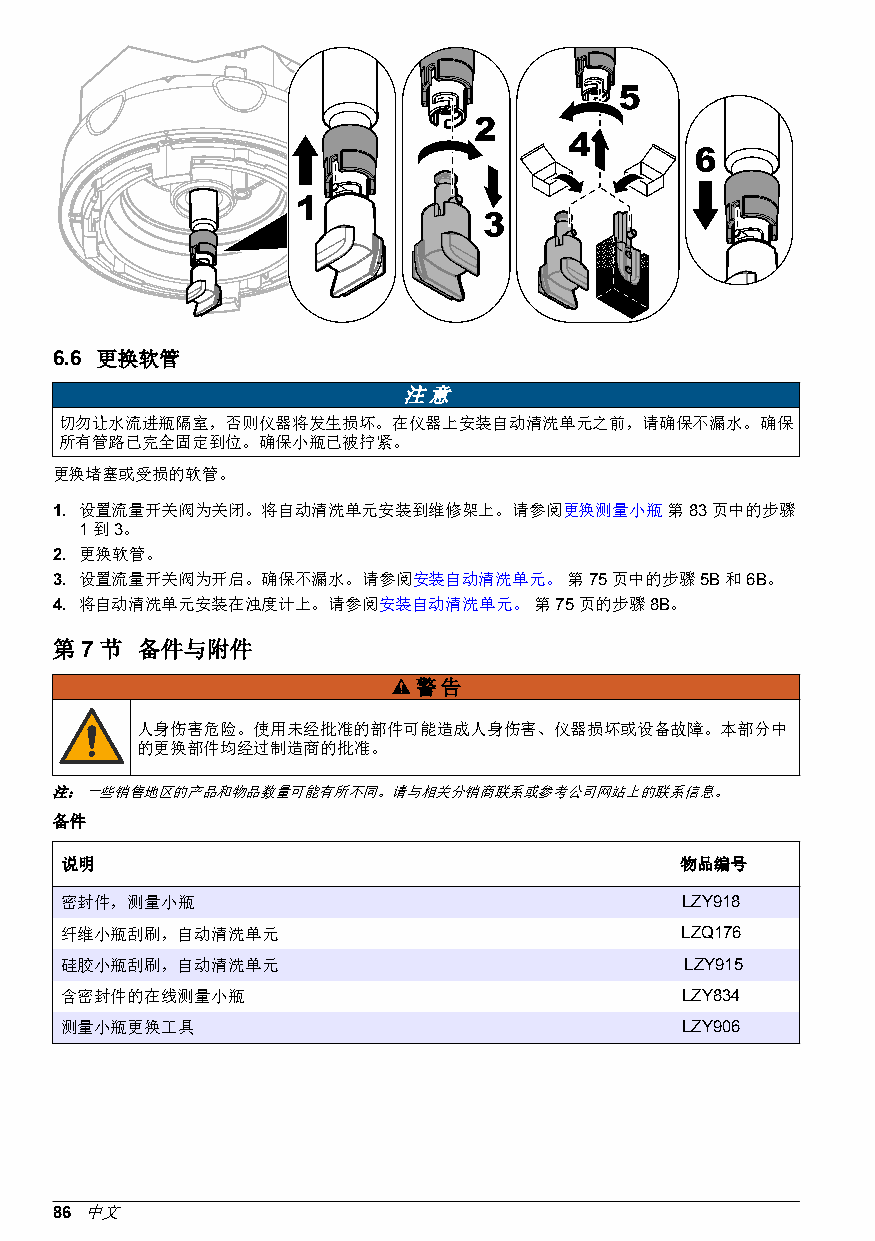
6.6 更换软管
 注意
 切勿让水流进瓶隔室，否则仪器将发生损坏。在仪器上安装自动清洗单元之前，请确保不漏水。确保
 所有管路已完全固定到位。确保小瓶已被拧紧。
 更换堵塞或受损的软管。
 1. 设置流量开关阀为关闭。将自动清洗单元安装到维修架上。请参阅更换测量小瓶   第 83 页中的步骤
 1 到 3。
 2. 更换软管。
 3. 设置流量开关阀为开启。确保不漏水。请参阅安装自动清洗单元。   第 75 页中的步骤 5B 和 6B。
 4. 将自动清洗单元安装在浊度计上。请参阅安装自动清洗单元。  第 75 页的步骤 8B。
 第7节   备件与附件
 警告
 人身伤害危险。使用未经批准的部件可能造成人身伤害、仪器损坏或设备故障。本部分中
 的更换部件均经过制造商的批准。
 注： 一些销售地区的产品和物品数量可能有所不同。请与相关分销商联系或参考公司网站上的联系信息。
 备件
 说明                                       物品编号
 密封件，测量小瓶                                 LZY918
 纤维小瓶刮刷，自动清洗单元                            LZQ176
 硅胶小瓶刮刷，自动清洗单元                            LZY915
 含密封件的在线测量小瓶                              LZY834
 测量小瓶更换工具                                 LZY906
 86 中文